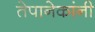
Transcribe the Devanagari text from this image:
तेपानेकांनी